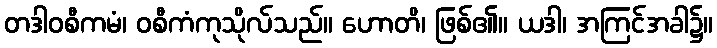
တဒါဝစီကမံ၊ ဝစီကံကုသိုလ်သည်။ ဟောတိ၊ ဖြစ်၏။ ယဒါ၊ အကြင်အခါ၌။